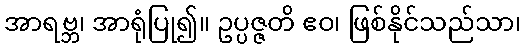
အာရဗ္ဘ၊ အာရုံပြု၍။ ဥပ္ပဇ္ဇတိ ဧဝ၊ ဖြစ်နိုင်သည်သာ၊